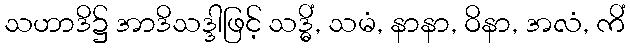
သဟာဒိ၌ အာဒိသဒ္ဒါဖြင့် သဒ္ဓိံ, သမံ, နာနာ, ဝိနာ, အလံ, ကိံ